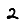
Digit: 2